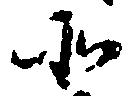
北